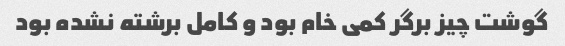
گوشت چیز برگر کمی خام بود و کامل برشته نشده بود